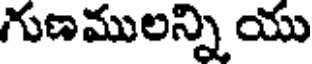
గుణములన్ని యు